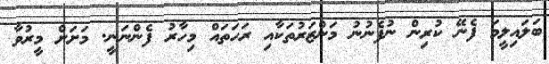
ބަލައިލީމަ ފެނޭ ކުރިން ނުފެނުނު މަންޒަރުތަކާއި ރަހަތައް މިހާރު ފެންނަނީ. މަށަށް މީރުވާ